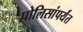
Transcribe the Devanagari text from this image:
पोलिसांपर्यंत